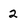
Character: 2